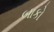
બાકો